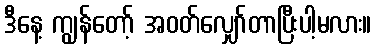
ဒီနေ့ ကျွန်တော့် အဝတ်လျှော်တာပြီးပါ့မလား။